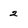
Character: 2